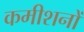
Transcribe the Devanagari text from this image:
कमीशनों